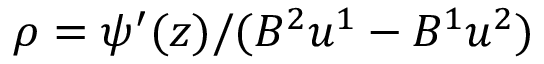
\rho = \psi ^ { \prime } ( z ) / ( B ^ { 2 } u ^ { 1 } - B ^ { 1 } u ^ { 2 } )